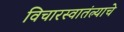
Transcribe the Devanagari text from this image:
विचारस्वातंत्र्याचे